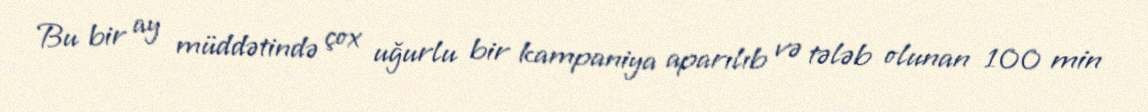
Bu bir ay müddətində çox uğurlu bir kampaniya aparılıb və tələb olunan 100 min